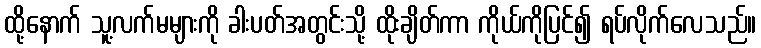
ထို့နောက် သူ့လက်မများကို ခါးပတ်အတွင်းသို့ ထိုးချိတ်ကာ ကိုယ်ကိုပြင်၍ ရပ်လိုက်လေသည်။